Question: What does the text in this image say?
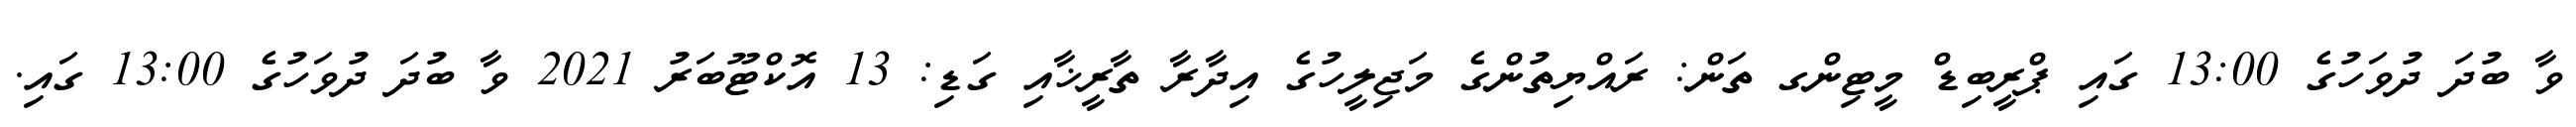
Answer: ވާ ބުދަ ދުވަހުގެ 13:00 ގައި ޕްރީބިޑް މީޓިންގ ތަން: ރައްޔިތުންގެ މަޖިލީހުގެ އިދާރާ ތާރީޚާއި ގަޑި: 13 އޮކްޓޫބަރު 2021 ވާ ބުދަ ދުވަހުގެ 13:00 ގައި.